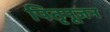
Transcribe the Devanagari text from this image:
पितृपूजन